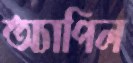
অ্যাপিল